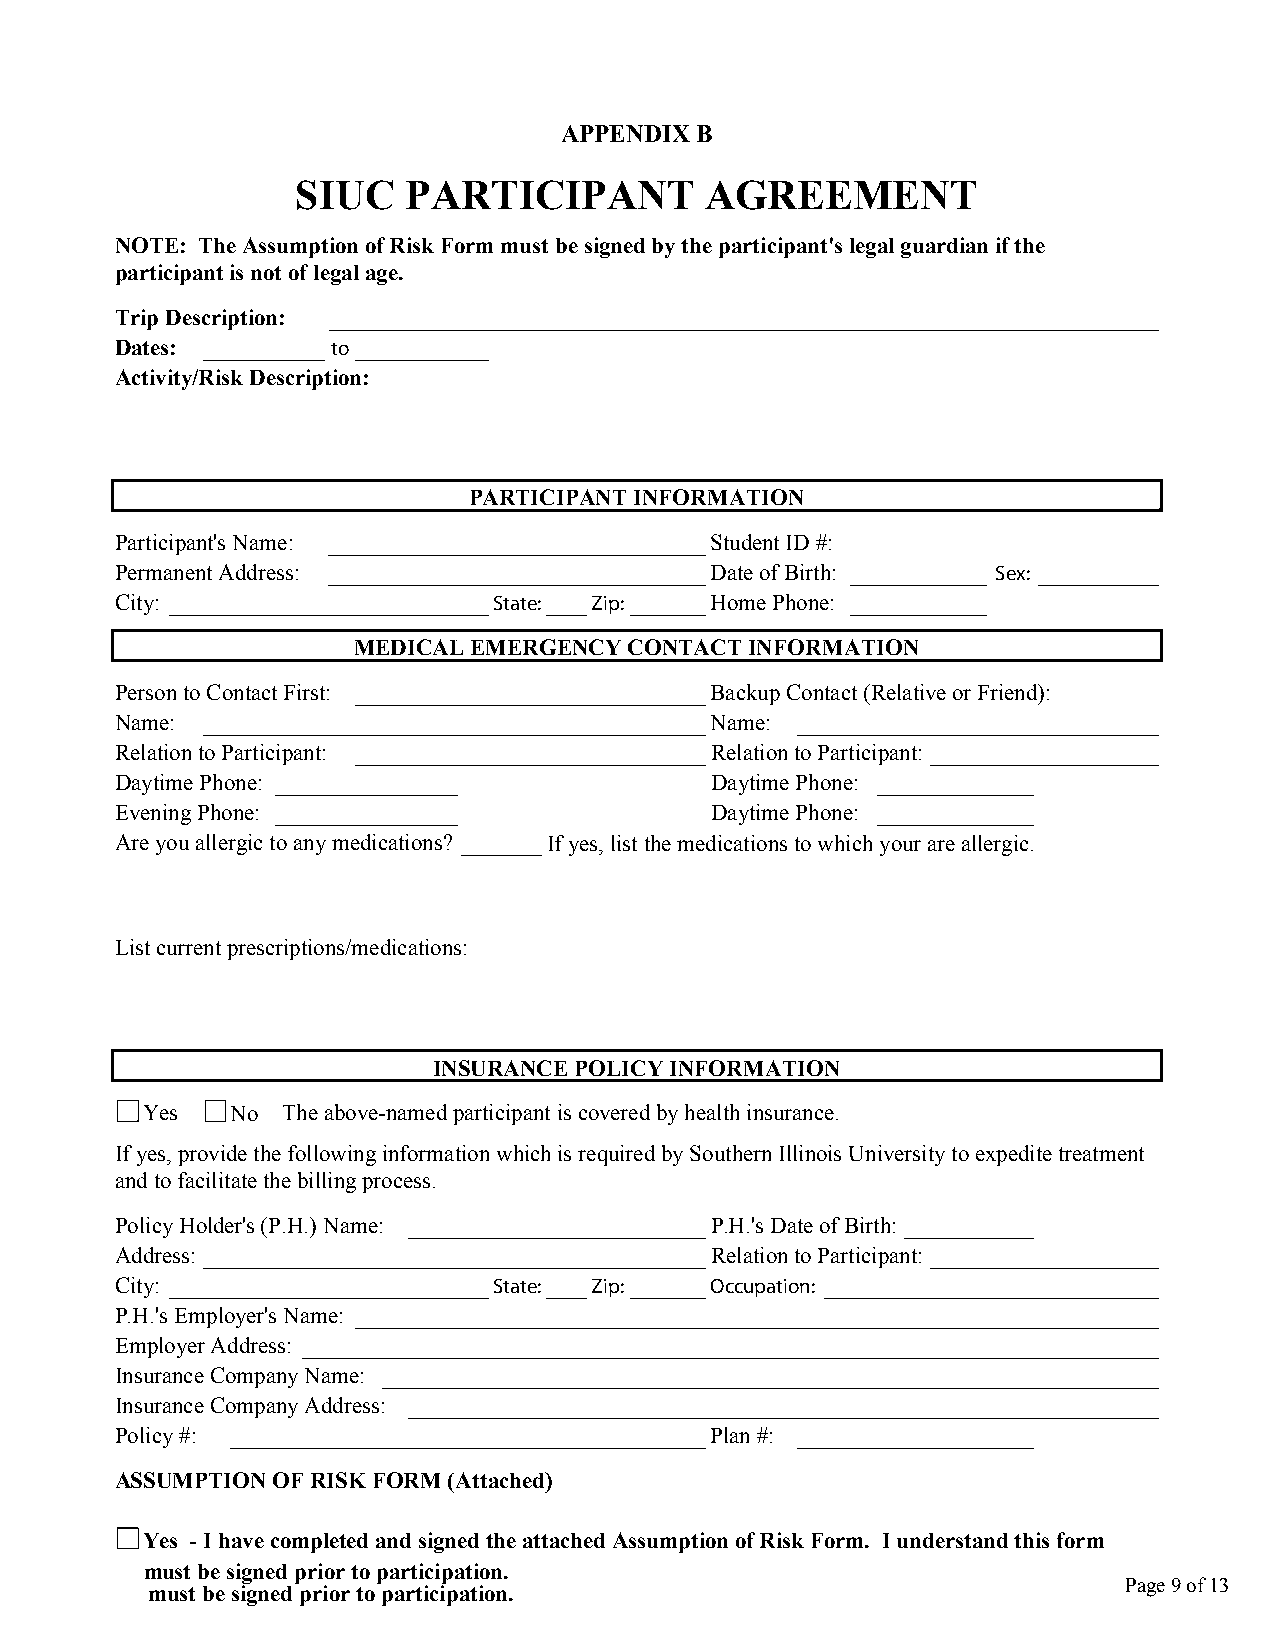
APPENDIX B
 SIUC   PARTICIPANT         AGREEMENT
 NOTE: The Assumption of Risk Form must be signed by the participant's legal guardian if the
 participant is not of legal age.
 Trip Description:
 Dates:        to
 Activity/Risk Description:
 PARTICIPANT INFORMATION
 Participant's Name:                    Student ID #:
 Permanent Address:                     Date of Birth:     Sex:
 City:                    State: Zip:   Home Phone:
 MEDICAL EMERGENCY  CONTACT INFORMATION
 Person to Contact First:               Backup Contact (Relative or Friend):
 Name:                                  Name:
 Relation to Participant:               Relation to Participant:
 Daytime Phone:                         Daytime Phone:
 Evening Phone:                         Daytime Phone:
 Are you allergic to any medications? If yes, list the medications to which your are allergic.
 List current prescriptions/medications:
 INSURANCE POLICY INFORMATION
 Yes   No  The above-named participant is covered by health insurance.
 If yes, provide the following information which is required by Southern Illinois University to expedite treatment
 and to facilitate the billing process.
 Policy Holder's (P.H.) Name:           P.H.'s Date of Birth:
 Address:                               Relation to Participant:
 City:                    State: Zip:   Occupation:
 P.H.'s Employer's Name:
 Employer Address:
 Insurance Company Name:
 Insurance Company Address:
 Policy #:                              Plan #:
 ASSUMPTION OF RISK FORM (Attached)
 Yes - I have completed and signed the attached Assumption of Risk Form. I understand this form
 must be signed prior to participation.
 Page 9 of 13
 must be signed prior to participation.
 TTeexxtt FFiieelldd